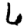
Digit: 6